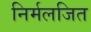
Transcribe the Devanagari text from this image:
निर्मलजित